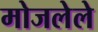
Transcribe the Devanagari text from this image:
मोजलेले